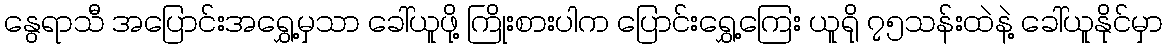
နွေရာသီ အပြောင်းအရွှေ့မှသာ ခေါ်ယူဖို့ ကြိုးစားပါက ပြောင်းရွှေ့ကြေး ယူရို ၇၅သန်းထဲနဲ့ ခေါ်ယူနိုင်မှာ